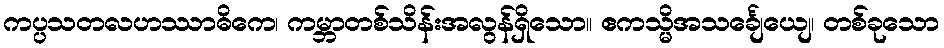
ကပ္ပသတလဟဿာဓိကေ၊ ကမ္ဘာတစ်သိန်းအလွန်ရှိသော။ ဧကသ္မိအသင်္ချေယျေ၊ တစ်ခုသော